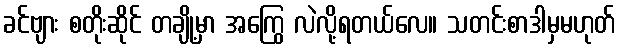
ခင်ဗျား စတိုးဆိုင် တချို့မှာ အကြွေ လဲလို့ရတယ်လေ။ သတင်းစာဒါမှမဟုတ်